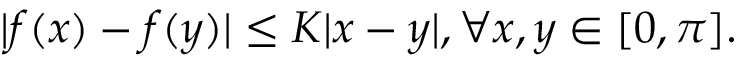
\begin{array} { r } { | f ( x ) - f ( y ) | \leq K | x - y | , \forall x , y \in [ 0 , \pi ] . } \end{array}